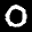
Label: 0